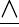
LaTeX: \underline{{\land}}